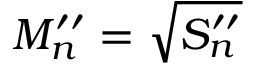
M _ { n } ^ { \prime \prime } = \sqrt { S _ { n } ^ { \prime \prime } }